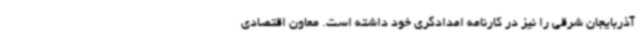
آذربایجان شرقی را نیز در کارنامه امدادگری خود داشته است. معاون اقتصادی